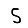
Digit: 5